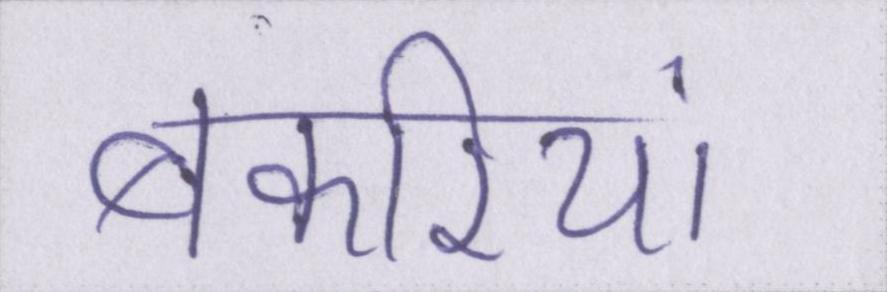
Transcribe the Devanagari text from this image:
बकरियां